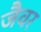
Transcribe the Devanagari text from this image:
जैवर